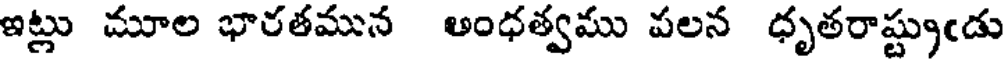
ఇట్లు మూల భారతమున అంధత్వము పలన ధృతరాష్ట్రుఁడు